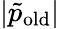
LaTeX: |\tilde{p}_{\mathrm{old}}|